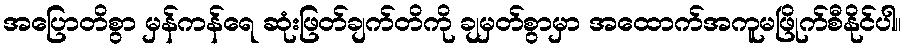
အပြောတိစွာ မှန်ကန်ရေ ဆုံးဖြတ်ချက်တိကို ချမှတ်စွာမှာ အထောက်အကူမဖြိုက်စီနိုင်ပါ။